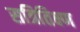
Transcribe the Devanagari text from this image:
सत्रितिक्ष्ण